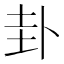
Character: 卦